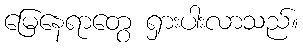
မြေနေရာတွေ ရှားပါးလာသည်။